Lock hospitals Punjab
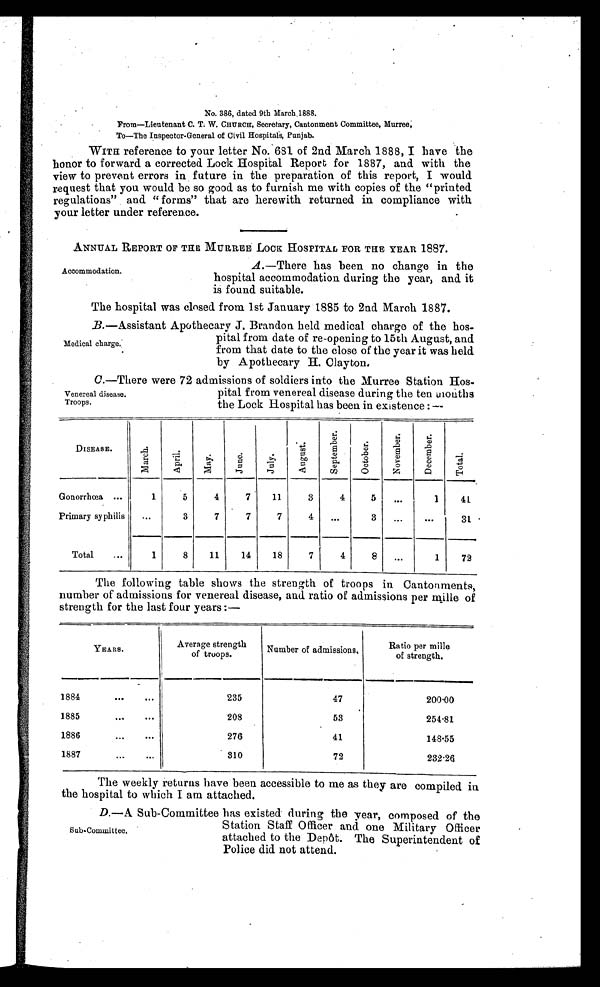
No. 386, dated 9th M arch
1886.
From—Li eut enant C. T. W. CHURCH, Secretary, Cantonment Committee, Murree,
To—The Inspector-General of Civil Hospitals, Punjab.
WITH reference to your letter No. 681 of 2nd March 1888, I have the
honor to forward a corrected Lock Hospital Report for 1887, and with the
view to prevent errors in future in the preparation of this report, I would
request that you would be so good as to furnish me with copies of the "printed
regulations" and " forms" that are herewith returned in compliance with
your letter under reference.
ANNUAL REPORT OF THE MURREE LOCK HOSPITAL FOR THE YEAR 1887.
Accommodation.
A
.—There has been no change in the
hospital accommodation during the year, and it
is found suitable.
The hospital was closed from 1st January 1885 to 2nd March 1887.
B.—Assistant Apothecary J. Brandon held medical charge of the hos-
pital from date of re-opening to 15th August, and
from that date to the close of the year it was held
by Apothecary H. Clayton.
C .—There were 72 admissions of soldiers into the Murree Station Hos-
pital from venereal disease during the ten months
the Lock Hospital has been in existence :—
DISEASE.
M a r c h .
A p r i l .
M a y .
J u n e .
J u l y .
A u g u s t .
S e p t e m b e r .
O c t o b e r .
N o v e m b e r .
D e c e m b e r .
T o t a l .
Gonorrhœa ...
1
5
4
7
11
3
4
5
. . .
1
41
Primary syphilis
...
3
7
7
7
4
. . .
3
. . .
. . .
31
Total
...
1
8
11
14
18
7
4
8
...
1
72
The following table shows the strength of troops in Cantonments,
number of admissions for venereal disease, and ratio of admissions per mills of
strength for the last four years :—
YEARS.
Average strength
of troops.
Number of admissions.
Ratio per mill e
of strength.
1884
. . .
...
235
47
200.00
1885
. . . ...
208
53
254.81
1886
...
. . .
276
41
148.55
1887
. . .
. . .
310
72
232.26
The weekly returns have been accessible to me as they are compiled in
the hospital to which I am attached.
Medical charge.
Venereal disease.
Troops.
D.—A Sub-Committee has existed during the year, composed of the
Station Staff Officer and one Military Officer
attached to the Depot. The Superintendent of
Police did. not attend.
Sub-Committee.